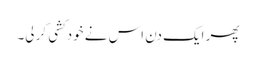
پھر ایک دن اس نے خودکشی کر لی۔